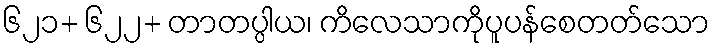
၆၂၁+ ၆၂၂+ တာတပ္ပါယ၊ ကိလေသာကိုပူပန်စေတတ်သော